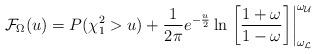
LaTeX: \begin{align*}\mathcal{F}_{\Omega}(u) = P(\chi^2_1 > u) + \frac{1}{2\pi} e^{-\frac{u}{2}} \ln \left. \left[\frac{1+\omega}{1-\omega} \right] \right\vert_{\omega_{\mathcal{L}}} ^{\omega_{\mathcal{U}}}\end{align*}